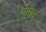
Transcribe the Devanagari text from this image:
योगम्